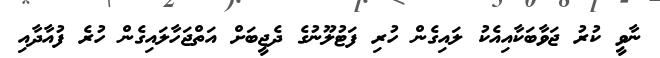
ނާވީ ކުރު ޖަވާބަކާއިއެކު ލައިގެން ހުރި ފަޓުލޫނުގެ ދެޖީބަށް އަތްޖަހާލައިގެން ހުރެ ފުއާދާއި